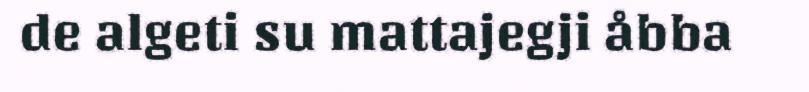
de algeti su mattajegji åbba